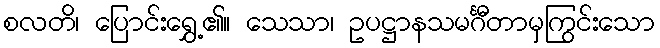
စလတိ၊ ပြောင်းရွှေ့၏။ သေသာ၊ ဥပဋ္ဌာနသမင်္ဂီတာမှကြွင်းသော